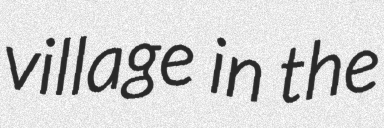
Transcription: village in the